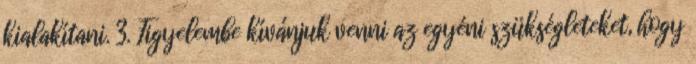
kialakítani. 3. Figyelembe kívánjuk venni az egyéni szükségleteket, hogy